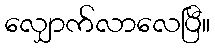
လျှောက်လာလေပြီ။